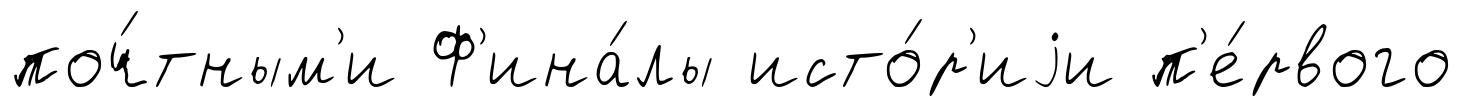
поч́тным'и Ф'ина́лы исто́р'иjи п'е́рвого